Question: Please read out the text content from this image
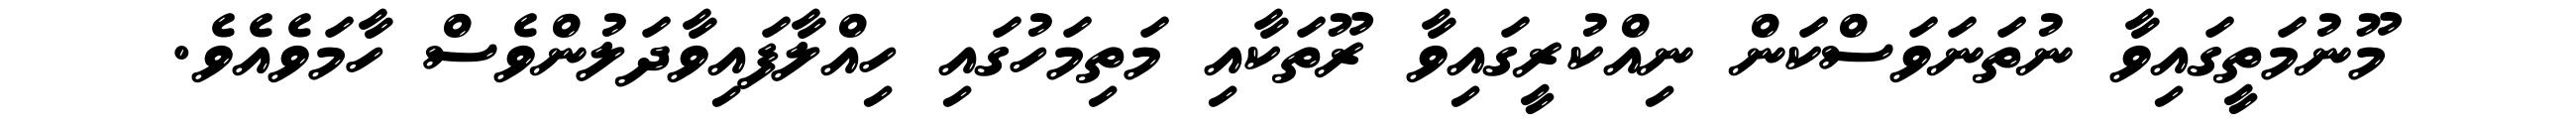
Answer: މޫނުމަތީގައިވާ ނުތަނަވަސްކަން ނިއްކުރީގައިވާ ރޫތަކާއި މަތިމަހުގައި ހިއްލާފައިވާދަލުންވެސް ހާމަވެއެވެ.